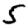
Digit: 5